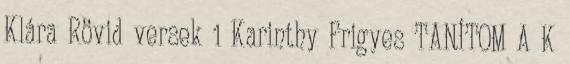
Klára Rövid versek 1 Karinthy Frigyes TANÍTOM A K